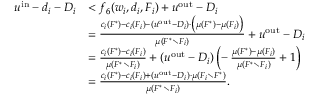
\begin{array} { r l } { u ^ { \mathrm { i n } } - d _ { i } - D _ { i } } & { < f _ { 6 } ( w _ { i } , d _ { i } , F _ { i } ) + u ^ { \mathrm { o u t } } - D _ { i } } \\ { } & { = \frac { c _ { i } ( F ^ { * } ) - c _ { i } ( F _ { i } ) - ( u ^ { \mathrm { o u t } } - D _ { i } ) \cdot \big ( \mu ( F ^ { * } ) - \mu ( F _ { i } ) \big ) } { \mu ( F ^ { * } \setminus F _ { i } ) } + u ^ { \mathrm { o u t } } - D _ { i } } \\ { } & { = \frac { c _ { i } ( F ^ { * } ) - c _ { i } ( F _ { i } ) } { \mu ( F ^ { * } \setminus F _ { i } ) } + ( u ^ { \mathrm { o u t } } - D _ { i } ) \left( - \, \frac { \mu ( F ^ { * } ) - \mu ( F _ { i } ) } { \mu ( F ^ { * } \setminus F _ { i } ) } + 1 \right) } \\ { } & { = \frac { c _ { i } ( F ^ { * } ) - c _ { i } ( F _ { i } ) + ( u ^ { \mathrm { o u t } } - D _ { i } ) \cdot \mu \left( F _ { i } \setminus F ^ { * } \right) } { \mu \left( F ^ { * } \setminus F _ { i } \right) } . } \end{array}